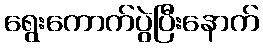
ရွေးကောက်ပွဲပြီးနောက်